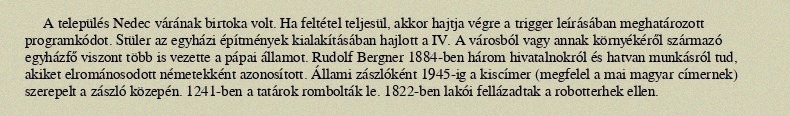
A település Nedec várának birtoka volt. Ha feltétel teljesül, akkor hajtja végre a trigger leírásában meghatározott programkódot. Stüler az egyházi építmények kialakításában hajlott a IV. A városból vagy annak környékéről származó egyházfő viszont több is vezette a pápai államot. Rudolf Bergner 1884-ben három hivatalnokról és hatvan munkásról tud, akiket elrománosodott németekként azonosított. Állami zászlóként 1945-ig a kiscímer (megfelel a mai magyar címernek) szerepelt a zászló közepén. 1241-ben a tatárok rombolták le. 1822-ben lakói fellázadtak a robotterhek ellen.